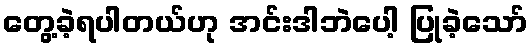
တွေ့ခဲ့ရပါတယ်ဟု အင်းဒါဘဲပေါ့ ပြုခဲ့သော်